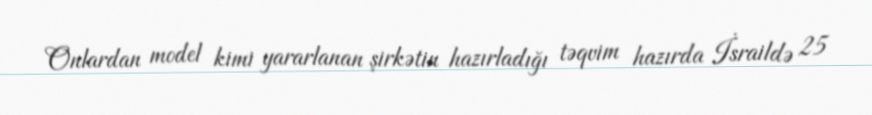
Onlardan model kimi yararlanan şirkətin hazırladığı təqvim hazırda İsraildə 25